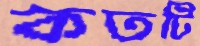
কতটি